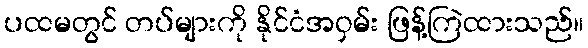
ပထမတွင် တပ်များကို နိုင်ငံအဝှမ်း ဖြန့်ကြဲထားသည်။